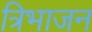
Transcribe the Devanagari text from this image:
त्रिभाजन